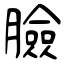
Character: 臉